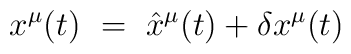
x^\mu (t) ~=~ {\hat x}^\mu (t) + \delta x^\mu (t)